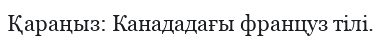
Қараңыз: Канададағы француз тілі.